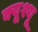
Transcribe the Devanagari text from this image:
क्यूश्यू